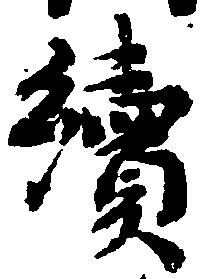
続